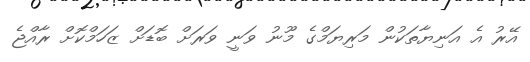
އޭރު އެ އަނިޔާތަކުން މަރިޔަމްގެ މޫނު ވަނީ ވަރަށް ބޮޑަށް ޒަހަމްކޮށް ރާއްޖެ